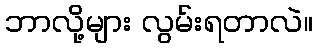
ဘာလို့များ လွမ်းရတာလဲ။